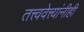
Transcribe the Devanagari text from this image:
तत्त्ववेत्त्यांनीही